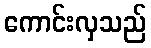
ကောင်းလှသည်